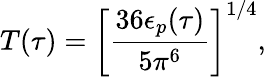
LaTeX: T(\tau)=\left[{\frac{36\epsilon_{p}(\tau)}{5\pi^{6}}}\right]^{1/4},